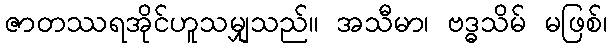
ဇာတဿရအိုင်ဟူသမျှသည်။ အသီမာ၊ ဗဒ္ဓသိမ် မဖြစ်၊